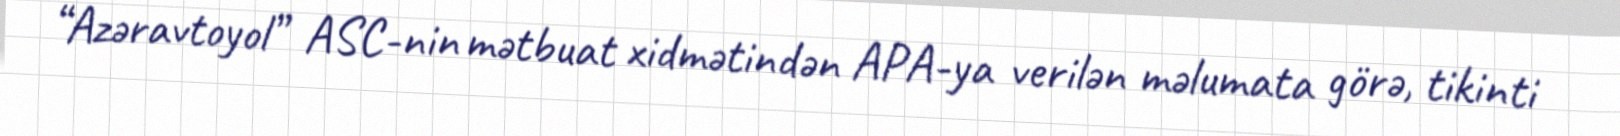
“Azəravtoyol” ASC-nin mətbuat xidmətindən APA-ya verilən məlumata görə, tikinti